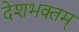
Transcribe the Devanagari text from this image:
देशभक्तम्